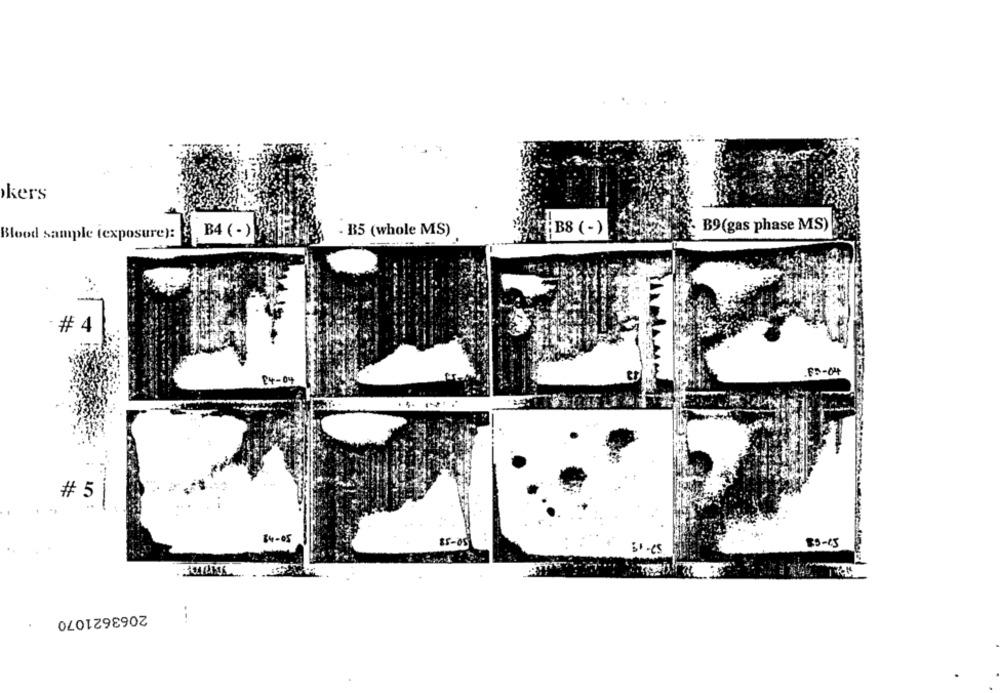
kers
B9(gas phase MS)
Blood sample (exposure):
B4 (-)
- B5 (whole MS)
B8 (-)
# 4
.ED-04
E4-04
# 5
84-05
85-05
89-15
2063621070
.-